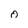
Character: 0